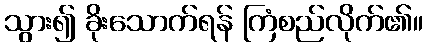
သွား၍ ခိုးသောက်ရန် ကြံစည်လိုက်၏။